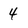
Character: 4